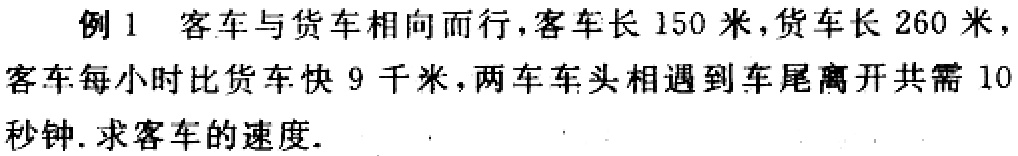
例1 客车与货车相向而行，客车长 150 米，货车长 260 米，客车每小时比货车快 9 千米，两车车头相遇到车尾离开共需 10 秒钟. 求客车的速度.